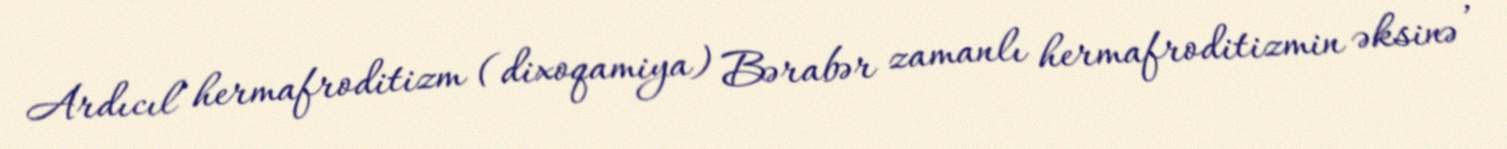
Ardıcıl hermafroditizm (dixoqamiya) Bərabər zamanlı hermafroditizmin əksinə ,